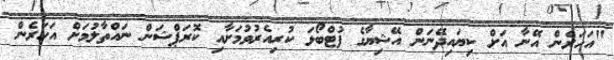
"އަހަރެން އޭނާ އަށް ކިޔައިދޭނަން އޭޝިޔާގެ ފުޓްބޯޅަ ކުރިއެރުވުމަށާއި ކޮރަޕްޝަން ނައްތާލުމަށް އަހަރެން